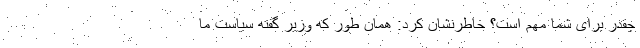
چقدر برای شما مهم است؟ خاطرنشان کرد: همان طور که وزیر گفته سیاست ما